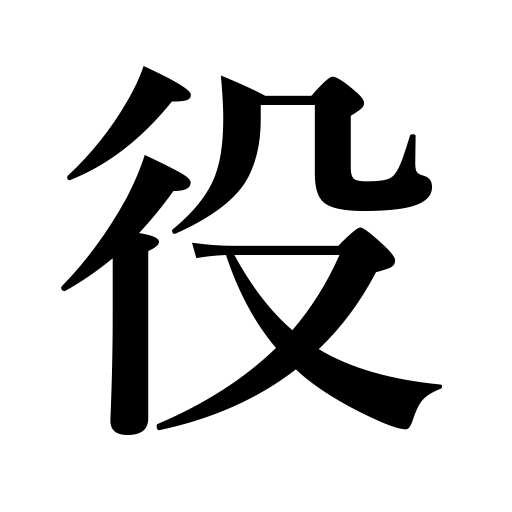
Meanings: expedition,service,help,role,duty,war,use,exacted unpaid labor,office,appointment,campaign,battle,post,position